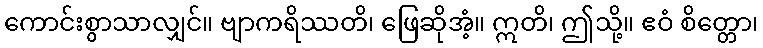
ကောင်းစွာသာလျှင်။ ဗျာကရိဿတိ၊ ဖြေဆိုအံ့။ ဣတိ၊ ဤသို့။ ဧဝံ စိတ္တော၊